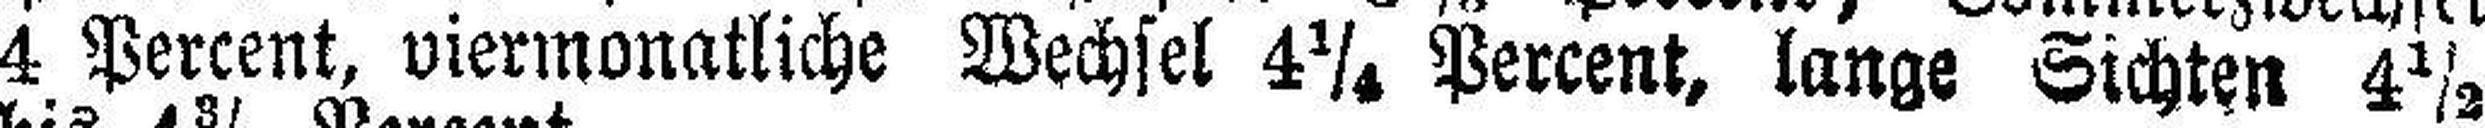
4 Percent, viermonatliche Wechsel 4¼ Percent, lange Sichten 4½